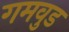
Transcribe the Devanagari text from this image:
गमवुड